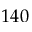
1 4 0